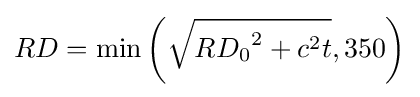
RD=\min \left({\sqrt {{RD_{0}}^{2}+c^{2}t}},350\right)